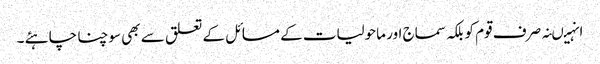
انہیںنہ صرف قوم کو بلکہ سماج اور ماحولیات کے مسائل کے تعلق سے بھی سوچنا چاہئے ۔